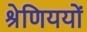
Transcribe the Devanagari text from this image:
श्रेणिययों